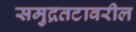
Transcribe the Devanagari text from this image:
समुद्रतटावरील